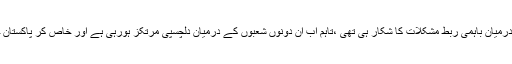
ابتدائی وقتوں میں رئیل اسٹیٹ ڈیولپمنٹ اور تاریخی تحفظ کے درمیان باہمی ربط مشکلات کا شکار ہی تھی ،تاہم اب ان دونوں شعبوں کے درمیان دلچسپی مرتکز ہورہی ہے اور خاص کر پاکستان جیسی ابھرتی ہوئی مارکیٹس میں یہ رجحان دیکھا جاسکتا ہے۔